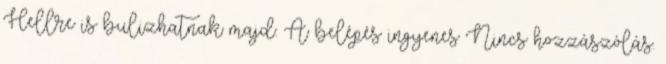
Hellre is bulizhatnak majd. A belépés ingyenes Nincs hozzászólás.